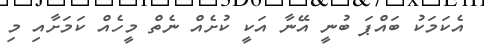
އެކަމަކު ބައްޕަ ބުނީ އޭނާ އަކީ ކުށެއް ނެތް މީހެއް ކަމަށާއި މި